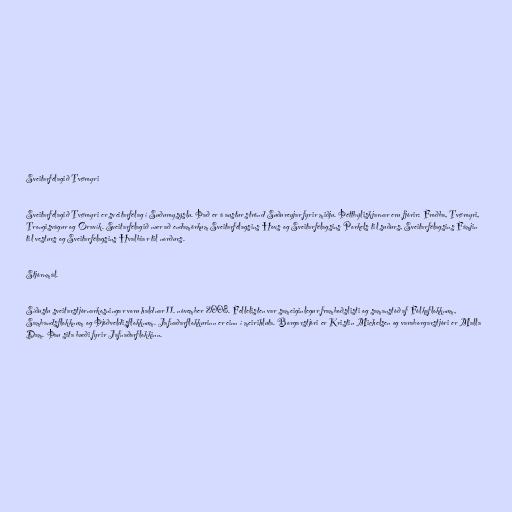
Sveitarfélagið Tvøroyri

Sveitarfélagið Tvøroyri er sveitarfélag í Suðuroysýslu. Það er á austur strönd Suðureyjar fyrir miðju. Þéttbýliskjarnar eru fjórir: Froðba, Tvøroyri,
Trongisvágur og Øravík. Sveitarfélagið nær að endamörkum Sveitarfélagsins Hovs og Sveitarfélagsins Porkels til suðurs, Sveitarfélagsins Fámjin
til vesturs og Sveitarfélagsins Hvalbiar til norðurs.

Stjórnmál.

Síðustu sveitarstjórnarkosningar voru haldnar 11. nóvember 2008. Fellelisten var sameiginlegur framboðslisti og samanstóð af Fólkaflokknum,
Sambandsflokknum og Þjóðveldisflokknum. Jafnaðarflokkurinn er einn í meirihluta. Borgarstjóri er Kristin Michelsen og varaborgarstjóri er Malla
Dam. Þau sita bæði fyrir Jafnaðarflokkinn.